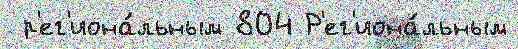
 р'ег'иона́льным 804 Р'ег'иона́льным